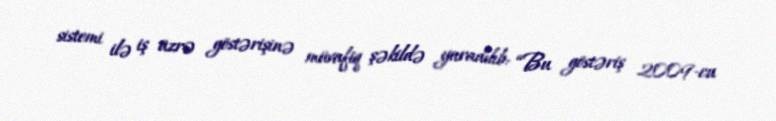
sistemi ilə iş üzrə göstərişinə müvafiq şəkildə yaradılıb: “Bu göstəriş 2009-cu